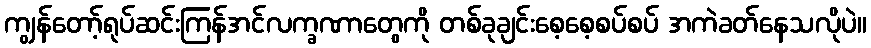
ကျွန်တော့်ရုပ်ဆင်းကြန်အင်လက္ခဏာတွေကို တစ်ခုချင်းစေ့စေ့စပ်စပ် အကဲခတ်နေသလိုပဲ။